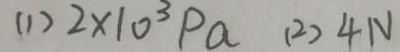
( 1 ) 2 \times 1 0 ^ { 3 } P a ( 2 ) 4 N